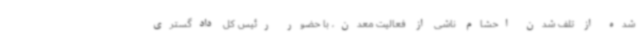
شده از تلف شدن احشام ناشی از فعالیت معدن، با حضور رئیس کل دادگستری